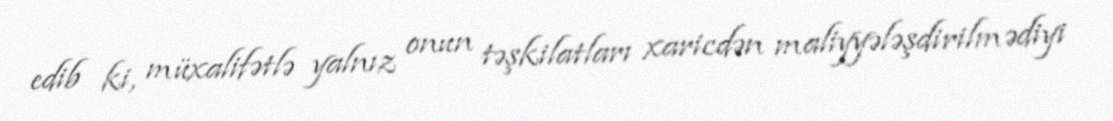
edib ki, müxalifətlə yalnız onun təşkilatları xaricdən maliyyələşdirilmədiyi